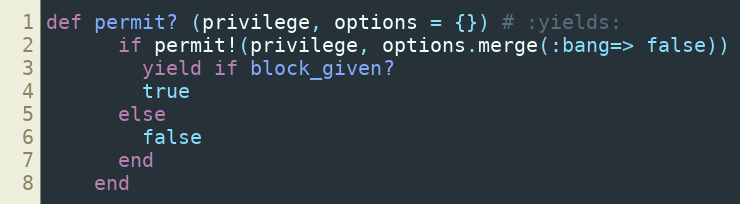
Language: Ruby
def permit? (privilege, options = {}) # :yields:
      if permit!(privilege, options.merge(:bang=> false))
        yield if block_given?
        true
      else
        false
      end
    end